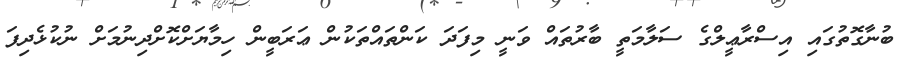
ބުނާގޮތުގައި އިސްރާޢީލްގެ ސަލާމަތީ ބާރުތައް ވަނީ މިފަދަ ކަންތައްތަކުން ޢަރަބީން ހިމާޔަށްކޮށްދިނުމަށް ނުކުޅެދިފަ